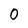
Character: 0